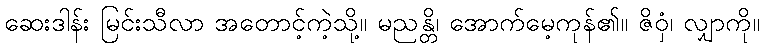
ဆေးဒါန်း မြင်းသီလာ အတောင့်ကဲ့သို့။ မညန္တိ၊ အောက်မေ့ကုန်၏။ ဇိဝှံ၊ လျှာကို။